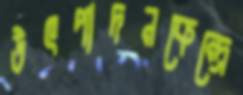
উৎপাদনকেন্দ্রে